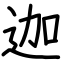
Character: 迦